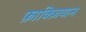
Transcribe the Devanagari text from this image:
फ़ाक्ज़ियान